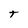
Character: t